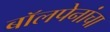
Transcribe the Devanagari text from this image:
बॉलपेनांचा